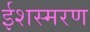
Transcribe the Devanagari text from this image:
ईशस्मरण